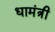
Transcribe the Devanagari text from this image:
धामंत्री